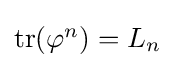
\textstyle \mathrm {tr} (\varphi ^{n})=L_{n}